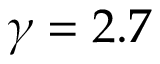
\gamma = 2 . 7